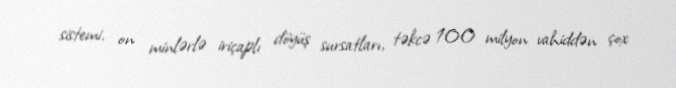
sistemi, on minlərlə iriçaplı döyüş sursatları, təkcə 100 milyon vahiddən çox